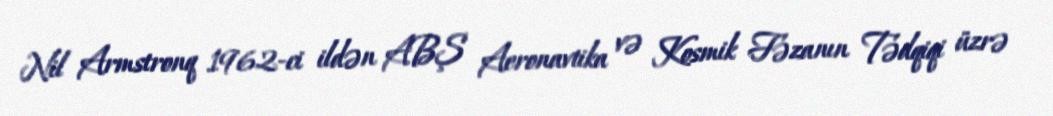
Nil Armstronq 1962-ci ildən ABŞ Aeronavtika və Kosmik Fəzanın Tədqiqi üzrə